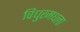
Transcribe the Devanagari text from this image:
विधुरमधला